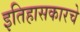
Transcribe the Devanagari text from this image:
इतिहासकारचे